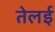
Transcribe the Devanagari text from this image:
तेलई